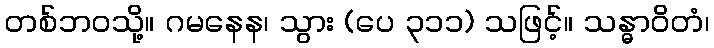
တစ်ဘဝသို့။ ဂမနေန၊ သွား (ပေ ၃၁၁) သဖြင့်။ သန္ဓာဝိတံ၊